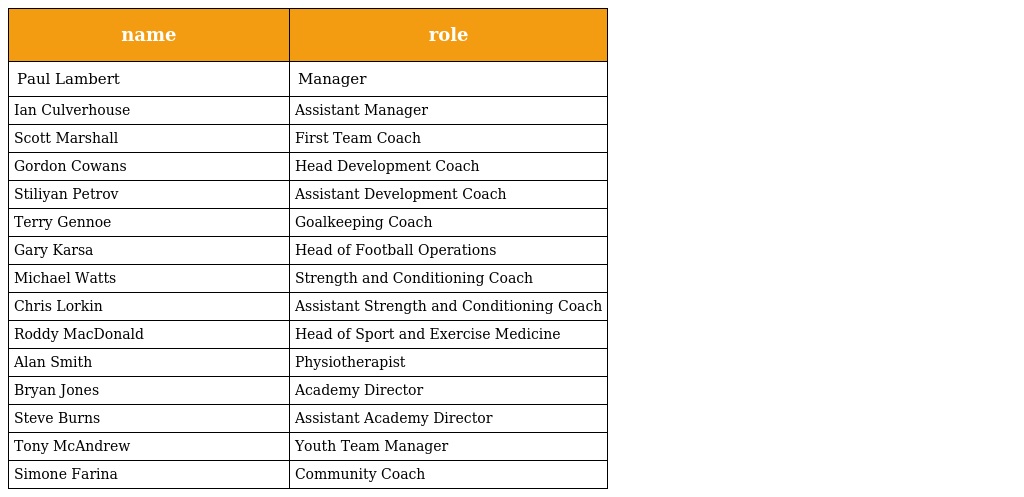
| name | role |
 | --- | --- |
 | Paul Lambert | Manager |
 | Ian Culverhouse | Assistant Manager |
 | Scott Marshall | First Team Coach |
 | Gordon Cowans | Head Development Coach |
 | Stiliyan Petrov | Assistant Development Coach |
 | Terry Gennoe | Goalkeeping Coach |
 | Gary Karsa | Head of Football Operations |
 | Michael Watts | Strength and Conditioning Coach |
 | Chris Lorkin | Assistant Strength and Conditioning Coach |
 | Roddy MacDonald | Head of Sport and Exercise Medicine |
 | Alan Smith | Physiotherapist |
 | Bryan Jones | Academy Director |
 | Steve Burns | Assistant Academy Director |
 | Tony McAndrew | Youth Team Manager |
 | Simone Farina | Community Coach |